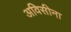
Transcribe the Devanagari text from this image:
अविसीना